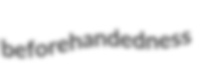
beforehandedness